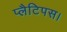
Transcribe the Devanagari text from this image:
प्लैटिपस।